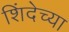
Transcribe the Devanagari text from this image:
शिंदेच्या